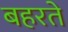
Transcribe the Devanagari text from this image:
बहरते